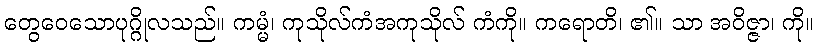
တွေဝေသောပုဂ္ဂိုလသည်။ ကမ္မံ၊ ကုသိုလ်ကံအကုသိုလ် ကံကို။ ကရောတိ၊ ၏။ သာ အဝိဇ္ဇာ၊ ကို။